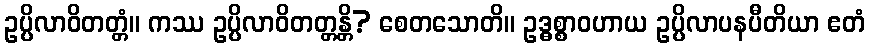
ဥပ္ပိလာဝိတတ္တံ။ ကဿ ဥပ္ပိလာဝိတတ္တန္တိ? စေတသောတိ။ ဥဒ္ဓစ္စာဝဟာယ ဥပ္ပိလာပနပီတိယာ ဧတံ